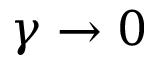
\gamma \to 0